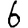
Digit: 6